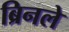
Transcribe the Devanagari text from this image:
ब्रिनले